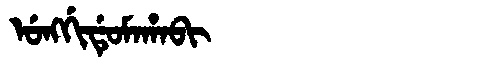
Manchu: ᡠᠩᡤᡳᡩᡠᠮᠠᡥᠠᠪᡳ
Romanization: UNGGIDUMAHABI